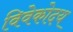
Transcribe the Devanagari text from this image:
विवेकोदय